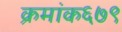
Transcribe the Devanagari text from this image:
क्रमांक६७९